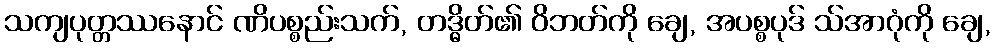
သကျပုတ္တဿနောင် ဏိပစ္စည်းသက်, တဒ္ဓိတ်၏ ဝိဘတ်ကို ချေ, အပစ္စပုဒ် သ်အာဂုံကို ချေ,